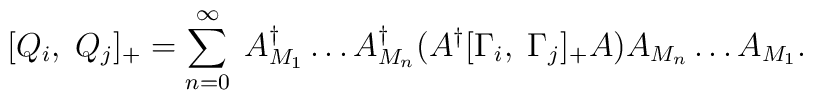
[Q_{i}, \; Q_{j}]_{+} = \sum_{n=0}^{\infty} \; A^{\dagger}_{M_{1}} \ldots A^{\dagger}_{M_{n}}(A^{\dagger} [\Gamma_{i},\; \Gamma_{j}]_{+} A)A_{M_{n}} \ldots A_{M_{1}}.